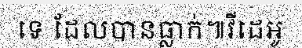
ទេ ដែលបានធ្លាក់៕វីដេអូ